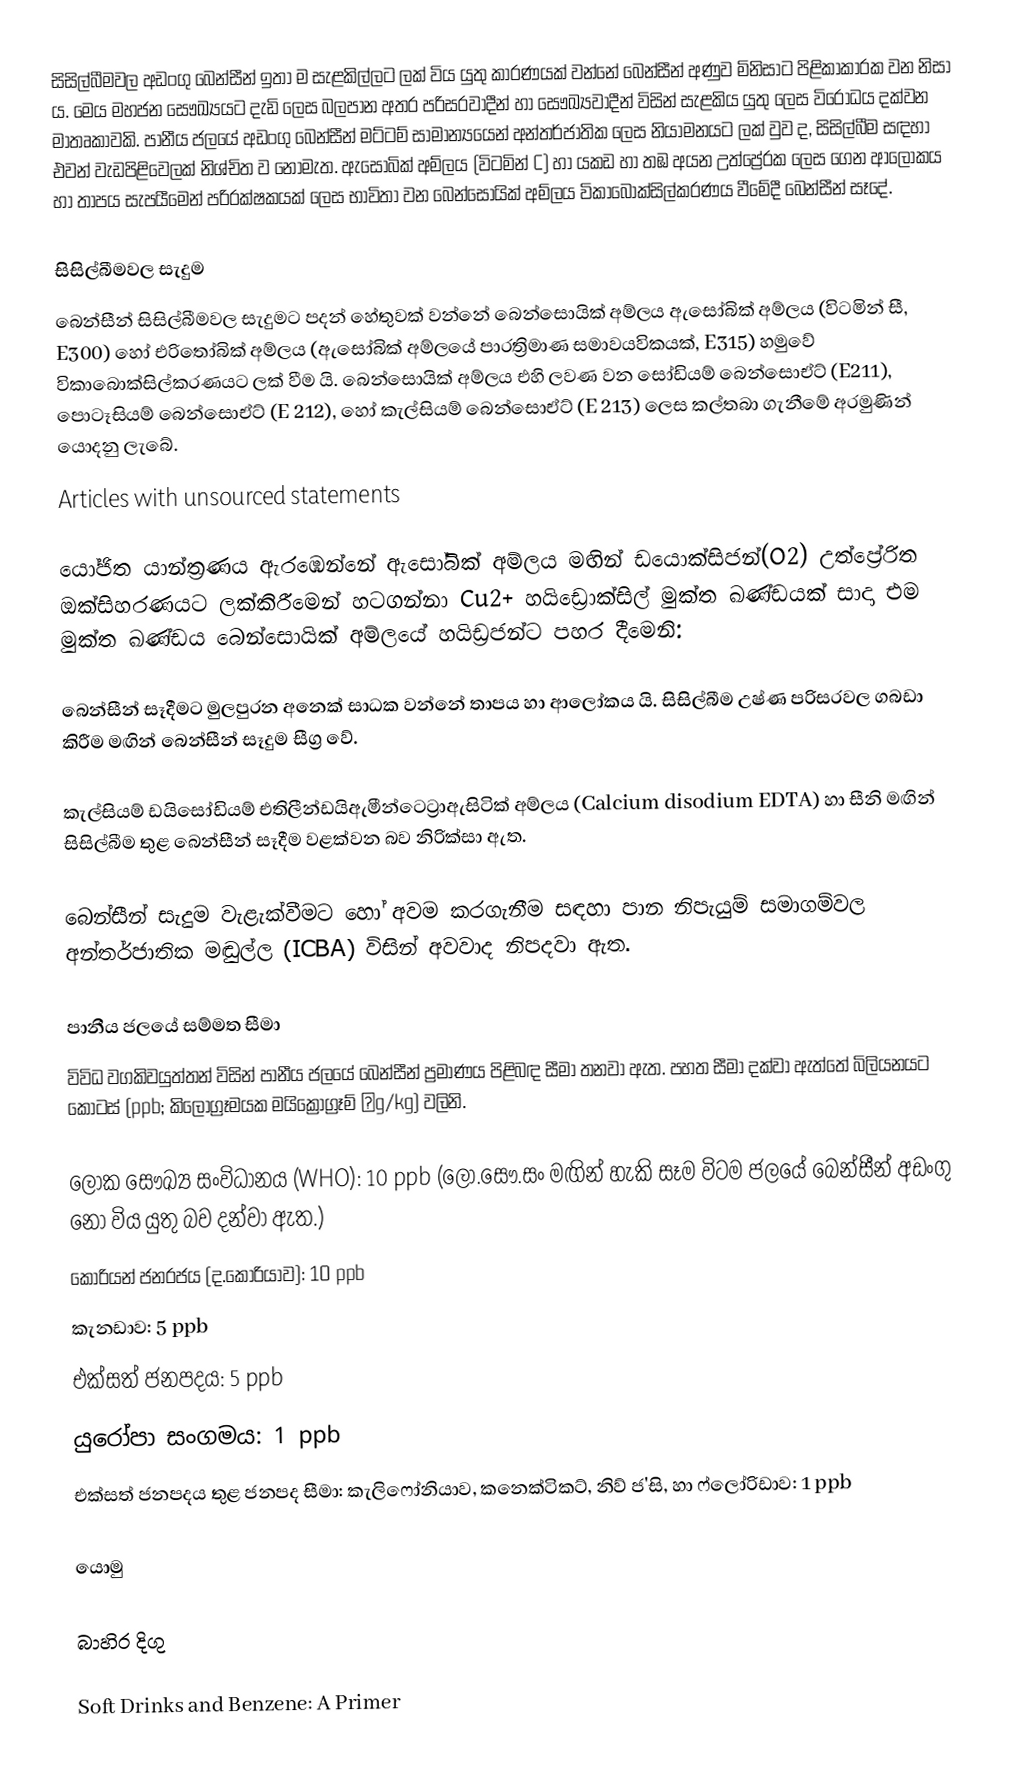
සිසිල්බීමවල අඩංගු බෙන්සීන් ඉතා ම සැළකිල්ලට ලක් විය යුතු කාරණයක් වන්නේ බෙන්සීන් අණුව මිනිසාට පිළිකාකාරක වන නිසා ය. මෙය මහජන සෞඛ්‍යයට දැඩි ලෙස බලපාන අතර පරිසරවාදීන් හා සෞඛ්‍යවාදීන් විසින් සැළකිය යුතු ලෙස විරෝධය දක්වන මාතෘකාවකි. පානීය ජලයේ අඩංගු බෙන්සීන් මට්ටම්  සාමාන්‍යයෙන් අන්තර්ජාතික ලෙස නියාමනයට ලක් වුව ද, සිසිල්බීම සඳහා එවන් වැඩපිළිවෙලක් නිශ්චිත ව නොමැත. ඇසෝබික් අම්ලය (විටමින් C) හා යකඩ හා තඹ අයන උත්ප්‍රේරක ලෙස ගෙන ආලෝකය හා තාපය සැපයීමෙන් පරිරක්ෂකයක් ලෙස භාවිතා වන බෙන්සොයික් අම්ලය විකාබොක්සිල්කරණය වීමේදී බෙන්සීන් සෑදේ.

සිසිල්බීමවල සැදුම
බෙන්සීන් සිසිල්බීමවල සැදුමට පදන් හේතුවක් වන්නේ බෙන්සොයික් අම්ලය ඇසෝබික් අම්ලය (විටමින් සී, E300) හෝ එරිතෝබික් අම්ලය (ඇසෝබික් අම්ලයේ පාරත්‍රිමාණ සමාවයවිකයක්, E315) හමුවේ විකාබොක්සිල්කරණයට ලක් වීම යි. බෙන්සොයික් අම්ලය එහි ලවණ වන සෝඩියම් බෙන්සොඒට් (E211), පොටෑසියම් බෙන්සොඒට් (E 212), හෝ කැල්සියම් බෙන්සොඒට් (E 213) ලෙස කල්තබා ගැනීමේ අරමුණින් යොදනු ලැබේ. 
Articles with unsourced statements

යෝජිත යාන්ත්‍රණය ඇරඹෙන්නේ ඇසෝබික් අම්ලය මඟින් ඩයොක්සිජන්(O2) උත්ප්‍රේරිත ඔක්සිහරණයට ලක්කිරීමෙන් හටගන්නා Cu2+ හයිඩ්‍රොක්සිල් මුක්ත ඛණ්ඩයක් සාදා එම මුක්ත ඛණ්ඩය බෙන්සොයික් අම්ලයේ හයිඩ්‍රජන්ට පහර දීමෙනි:

බෙන්සීන් සෑදීමට මුලපුරන අනෙක් සාධක වන්නේ තාපය හා ආලෝකය යි. සිසිල්බීම උෂ්ණ පරිසරවල ගබඩා කිරීම මඟින් බෙන්සීන් සෑදුම සීග්‍ර වේ.

කැල්සියම් ඩයිසෝඩියම් එතිලීන්ඩයිඇමීන්ටෙට්‍රාඇසිටික් අම්ලය (Calcium disodium EDTA) හා සීනි මඟින් සිසිල්බීම තුළ බෙන්සීන් සෑදීම වළක්වන බව නිරික්සා ඇත.

බෙන්සීන් සැදුම වැළැක්වීමට හෝ අවම කරගැනීම සඳහා  පාන නිපැයුම් සමාගම්වල අන්තර්ජාතික මඬුල්ල (ICBA) විසින් අවවාද නිපදවා ඇත.

පානීය ජලයේ සම්මත සීමා
විවිධ වගකිවයුත්තන් විසින් පානීය ජලයේ බෙන්සීන් ප්‍රමාණය පිළිබඳ සීමා තනවා ඇත. පහත සීමා දක්වා ඇත්තේ බිලියනයට කොටස් (ppb; කිලෝග්‍රෑමයක මයික්‍රෝග්‍රෑම් μg/kg) වලිනි.

 ලෝක සෞඛ්‍ය සංවිධානය (WHO): 10 ppb (ලෝ.සෞ.සං මඟින් හැකි සෑම විටම ජලයේ බෙන්සීන් අඩංගු නො විය යුතු බව දන්වා ඇත.)
 කොරියන් ජනරජය (ද.කොරියාව): 10 ppb
 කැනඩාව: 5 ppb
 එක්සත් ජනපදය: 5 ppb
 යුරෝපා සංගමය: 1 ppb
 එක්සත් ජනපදය තුළ ජනපද සීමා: කැලිෆෝනියාව, කනෙක්ටිකට්, නිව් ජ'සි, හා ෆ්ලෝරිඩාව: 1 ppb

යොමු

බාහිර දිගු

 Soft Drinks and Benzene: A Primer